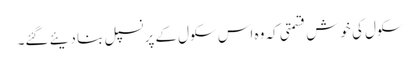
سکول کی خوش قسمتی کہ وہ اس سکول کے پرنسپل بنا دیئے گئے۔